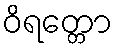
ဝိရတ္တော